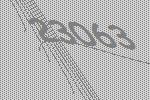
23063